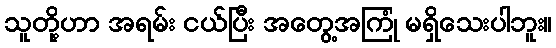
သူတို့ဟာ အရမ်း ငယ်ပြီး အတွေ့အကြုံ မရှိသေးပါဘူး။